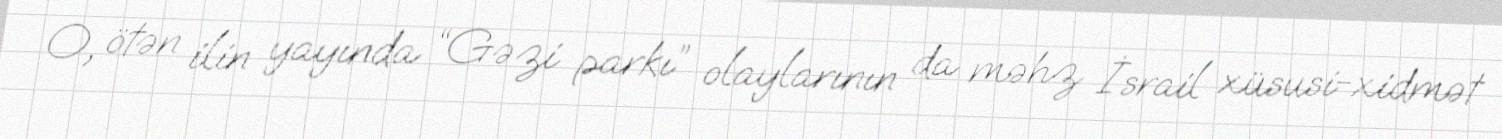
O, ötən ilin yayında “Gəzi parkı” olaylarının da məhz İsrail xüsusi-xidmət